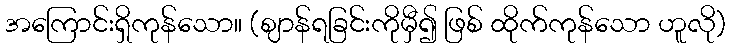
အကြောင်းရှိကုန်သော။ (ဈာန်ရခြင်းကိုမှီ၍ ဖြစ် ထိုက်ကုန်သော ဟူလို)